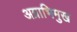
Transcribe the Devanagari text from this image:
अग्राभिमुख